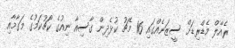
ރެއާލް މެޑްރިޑަށް ސީޒަނެއްގައި 16 މެޗު ކުޅެދިން ގާސިއާ ނިއުގެ ކޯޗުކަމުގެ މަގާމާއި